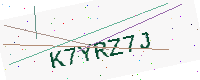
Text: K7YRZ7J